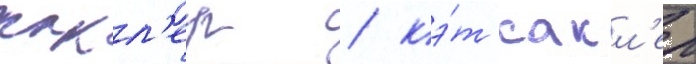
сакл'ер / кэ́т сакл'ер